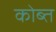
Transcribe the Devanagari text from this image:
कोब्त